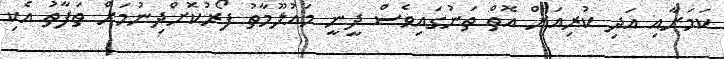
ކަމަށާއި އަދި ކުރިއަށް އޮތް ތަނުގައިވެސް ދީނީ މައުލޫމާތު ފޯރުކޮށްދިނުމަށް ތަފާތު އެކި